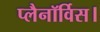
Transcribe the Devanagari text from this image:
प्लैनॉर्विस।